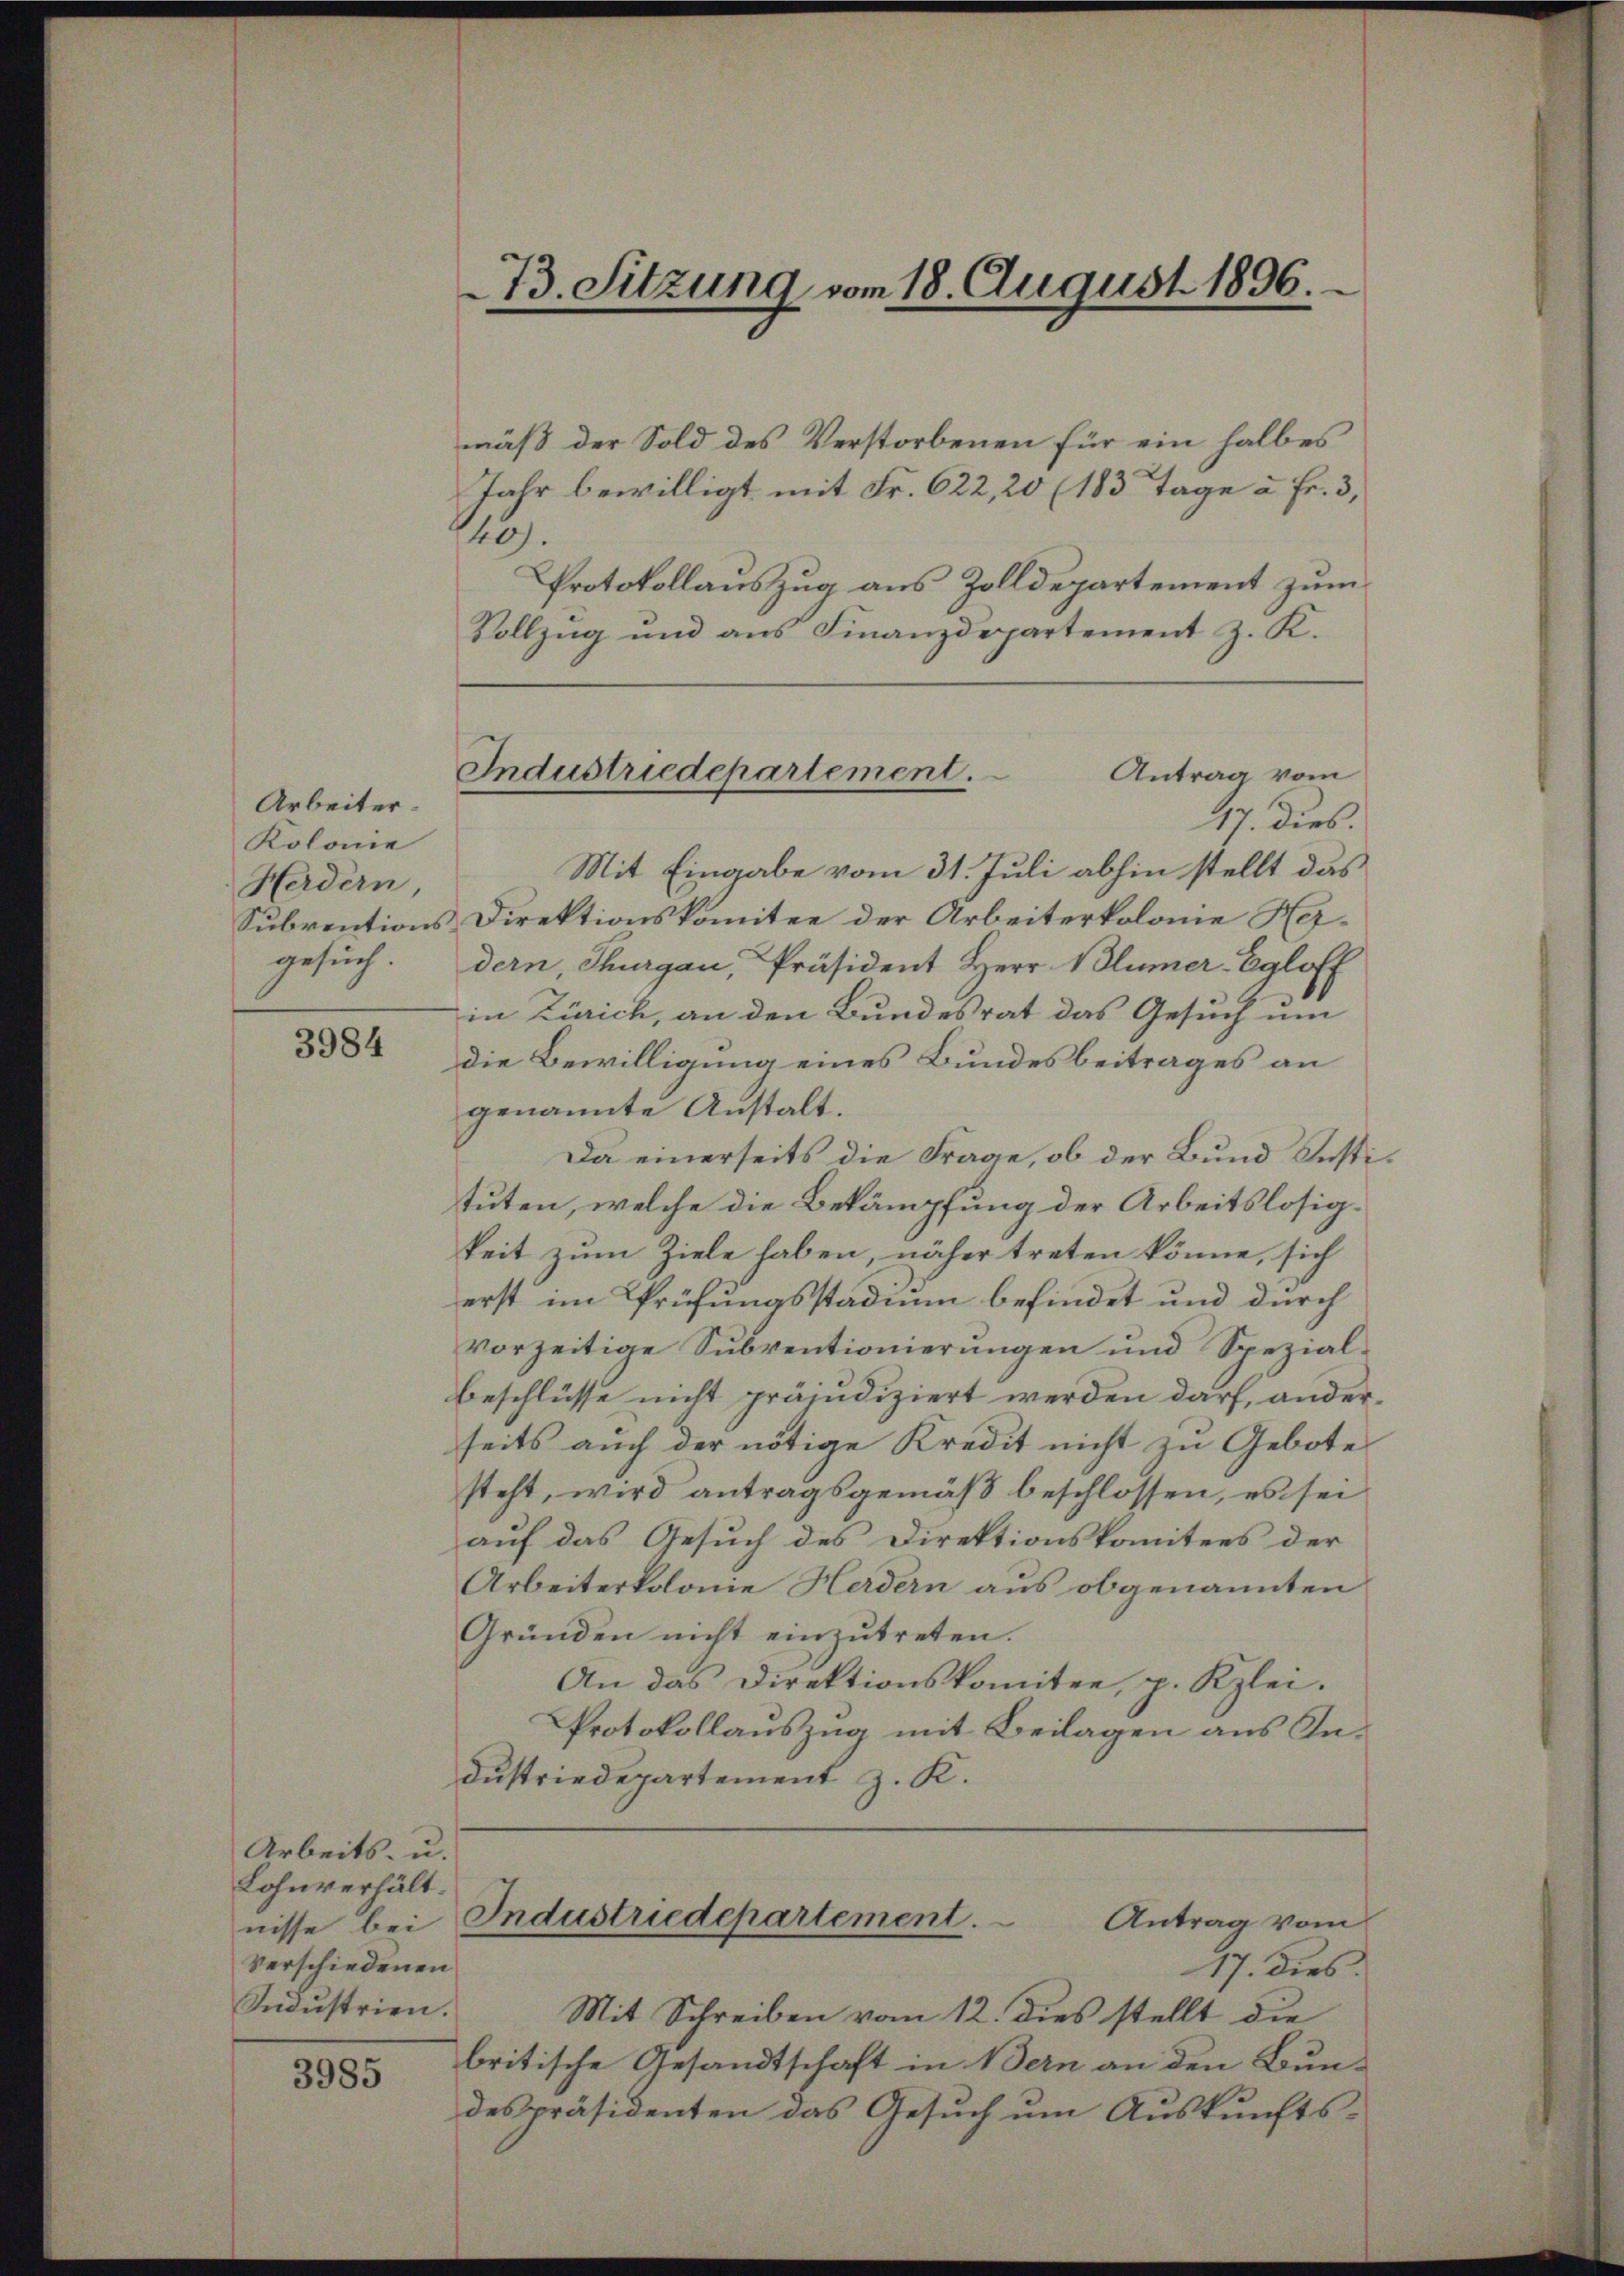
Arbeiter.
Kolonie
Herdern,
gesuch.

3984

Arbeits- u.
Lohnverhält.
nisse bei
verschiedenen
Industrien.

3985

mäß der Sold des Verstorbenen für ein halbes
Jahr bewilligt mit Fr. 622, 20 (183 Tage à Fr. 3,
40).
Protokollauszug aus Zolldepartement zum
Vollzug und aus Finanzdepartement z. K.
Antrag vom
17. dies.
Mit Eingabe vom 31. Juli abhin stellt das
Subventions Direktionskomitee der Arbeiterkolonie Hedern, Thurgau, Präsident Herr Blümer-Egloff
in Zürich, an den Bundesrat das Gesuch um
die Bewilligung eines Bundesbeitrages an
genannte Anstalt.
Da einerseits die Frage, ob der Bund Justituten, welche die Bekämpfung der Arbeitslosigkeit zum Ziele haben, näher treten könne, sich
erst im Prüfungsstadium befindet und durch
vorzeitige Subventionierungen und Spezialbeschlüsse nicht präjudiziert werden darf, anderseits auch der nötige Kredit nicht zu Gebote
steht, wird antragsgemäß beschlossen, es sei
auf das Gesuch des Direktionskomitees der
Arbeiterkolonie Herdern aus obgenannten
Gründen nicht einzŭtreten.
An das Direktionskomitee, p. Kzlei.
Protokollauszug mit Beilagen aus Industriedepartement z. K.

73. Sitzung vom 18. August 1896.

Industriedepartement.

17. Dies
Mit Schreiben vom 12. dies stellt die
britische Gesandtschaft in Bern an den Bundespräsidenten das Gesuch um Auskunfts¬

Industriedepartement.
Antrag vom